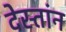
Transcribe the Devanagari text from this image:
देस्तांन